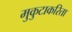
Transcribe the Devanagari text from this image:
मुकुटाकरिता